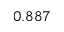
0 . 8 8 7